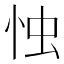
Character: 𢘷